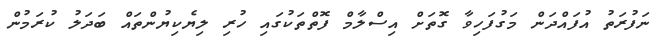
ނަފުރަތު އުފައްދަން މަގުފަހިވާ ގޮތަށް އިސްލާމް ފޮތްތަކުގައި ހުރި ލިޔެކިޔުންތައް ބަދަލު ކުރަމުން